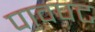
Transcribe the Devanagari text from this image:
पावपट